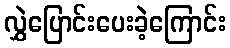
လွှဲပြောင်းပေးခဲ့ကြောင်း